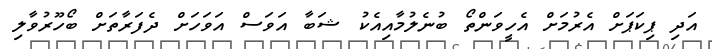
އަދި ޕިކަޕަށް އެރުމަށް އެހީވަންތޯ ބުނެލުމާއިއެކު ޝަބާ އަވަސް އަވަހަށް ދެފަރާތަށް ބޯހޫރުވާލި